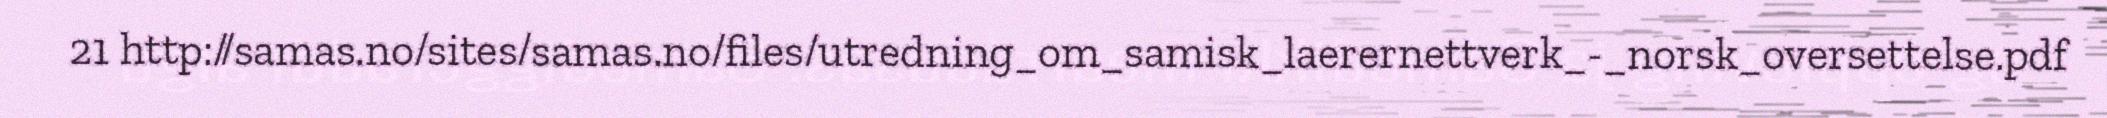
21 http://samas.no/sites/samas.no/files/utredning_om_samisk_laerernettverk_-_norsk_oversettelse.pdf